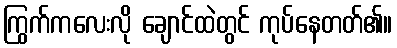
ကြွက်ကလေးလို ချောင်ထဲတွင် ကုပ်နေတတ်၏။